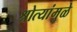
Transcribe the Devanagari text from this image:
श्रोत्यांमुळे